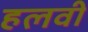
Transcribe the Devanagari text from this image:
हलवी